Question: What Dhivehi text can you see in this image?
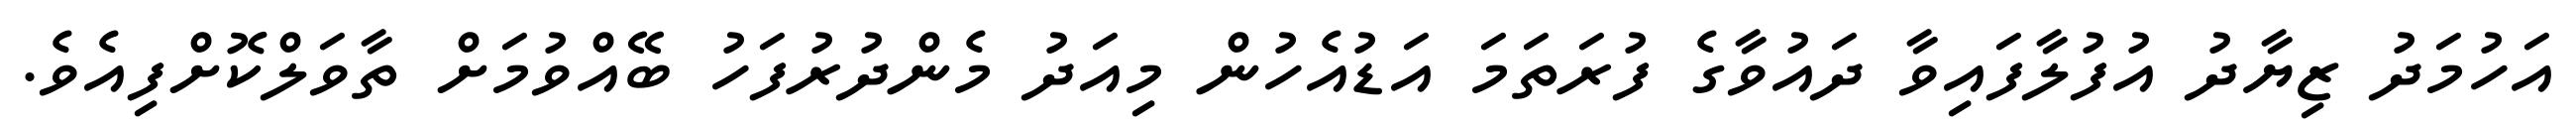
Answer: އަހުމަދު ޒިޔާދު އުފުލާފައިވާ ދައުވާގެ ފުރަތަމަ އަޑުއެހުން މިއަދު މެންދުރުފަހު ބޭއްވުމަށް ތާވަލްކޮށްފިއެވެ.